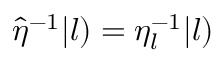
\hat { \eta } ^ { - 1 } | l ) = \eta _ { l } ^ { - 1 } | l )